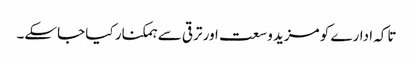
تاکہ ادارے کو مزید وسعت اور ترقی سے ہمکنار کیا جاسکے۔